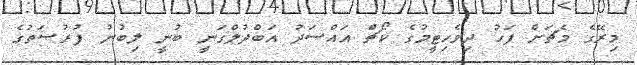
މިރޭގެ މެޗަށް ފަހު ދިވެހިޓީމުގެ ކޯޗް އައްސަދު އަބްދުލްގަނީ ބުނީ ލިބުނު ފުރުޞަތުގެ